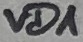
Text: VD1